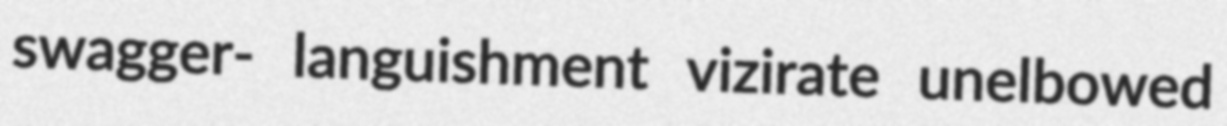
swagger- languishment vizirate unelbowed